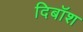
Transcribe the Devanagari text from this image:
दिबॉश